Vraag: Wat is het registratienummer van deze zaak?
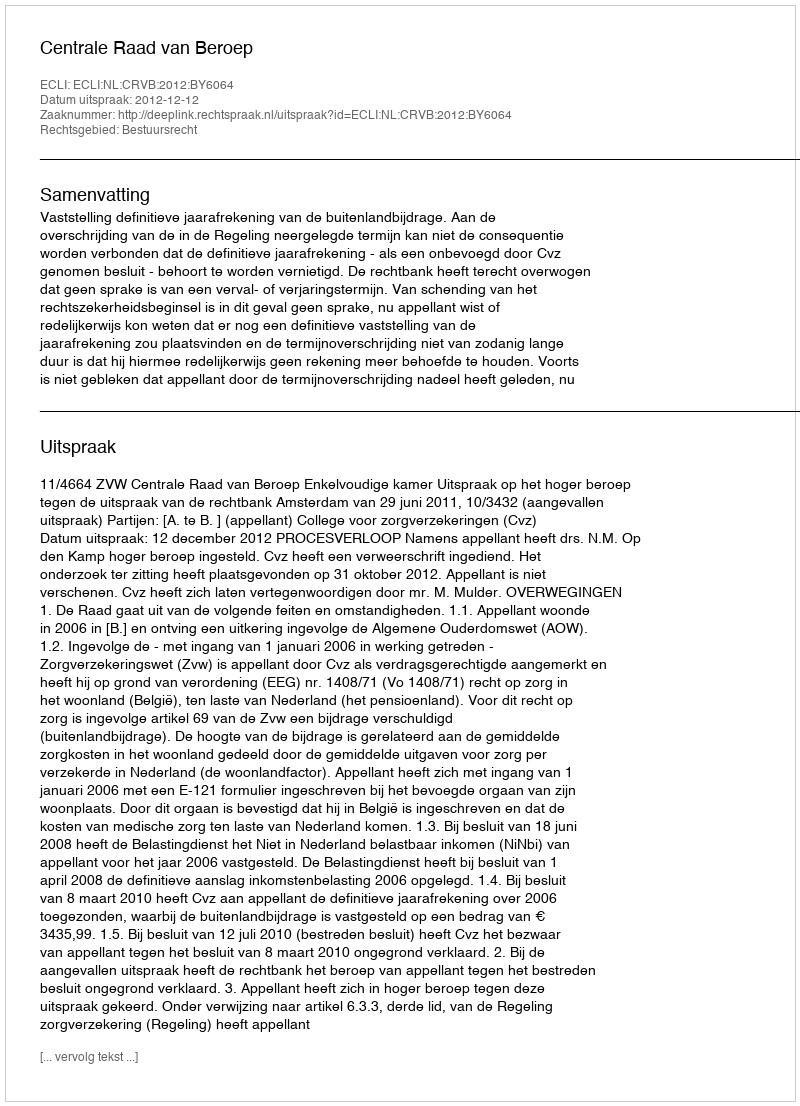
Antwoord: http://deeplink.rechtspraak.nl/uitspraak?id=ECLI:NL:CRVB:2012:BY6064